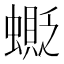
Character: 𧒅